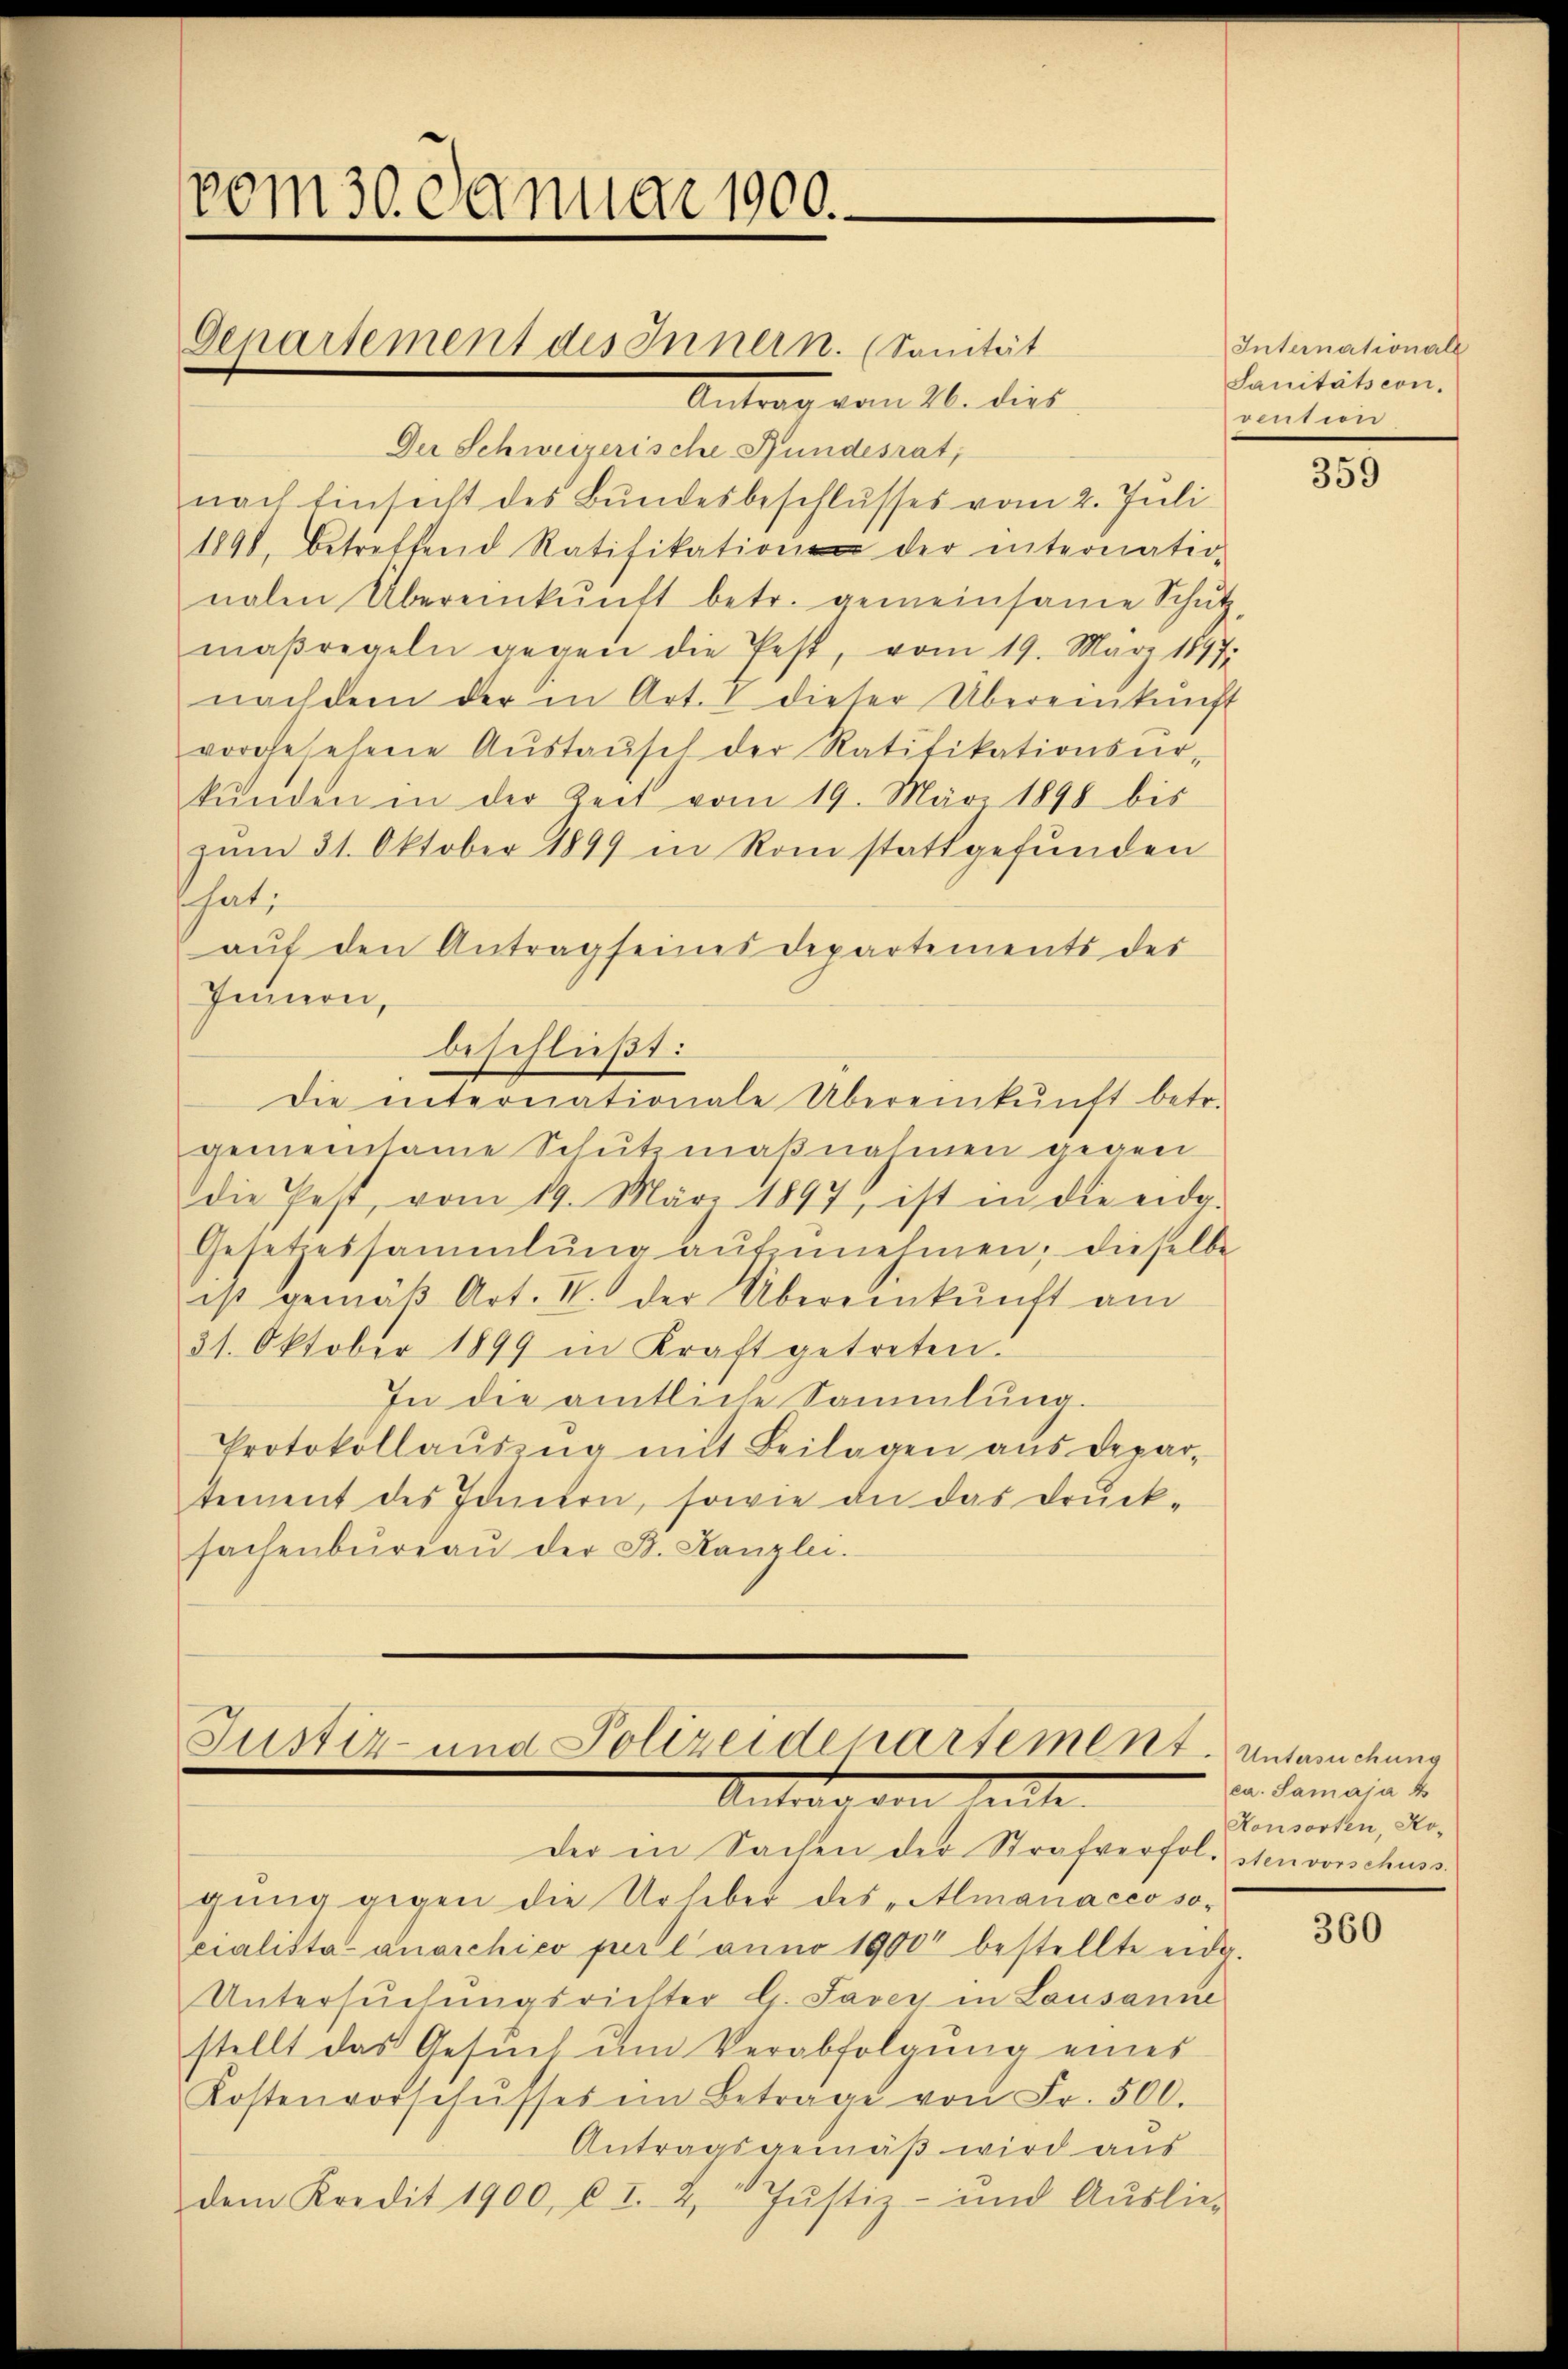
vom 30. Januar 1900.
Genartement des Innern. (Sanität
Antrag vom 21. dies

Der Schweizerische Fundesrat;
nach Einsicht des Bundesbeschlusses vom 2. Juli
1898, betreffend Ratifikation der internatio-
nalen Übereinkunft betr. gemeinsame Schutz,
maßregeln gegen die fest, vom 19. März 1847
nachdem der in Art. 1 dieser Übereinkunft
vorgesehene Aŭstaŭsch der Ratifikationsŭr-
kŭnden in der Zeit vom 19. März 1898 bis
zum 31. Oktober 1899 in Rom stattgefunden
hat;
aŭf den Antrag seines Departements des
Innern,
beschließt:
die internationale Übereinkunft betr.
gemeinsame Schutzmaßnahmen gegen
die fest, vom 19. März 1897 ist in die eide-
Gesetzessammlung aŭfzŭnehmen; dieselbe
ist gemäß Art. II. der Übereinkunft am
31. Oktober 1899 in Kraft getreten.
In die amtliche Sammlung.
Protokollaŭszŭg mit Beilagen aus Depar-
tement des Innern, sowie an das Druck-
sachenbŭrgaŭ der B. Kanzlei.

Justiz- und Polizeidepartement. Unterechung
Antworten heute

der in Sachen der Strafverfol. sten vorschuss.
gung gegen die Urheber des „Almanacio socralista-anarchico per l’anno 1900 bestellte eidg.
Untersuchungsrichter G. Saven in Lausanne
stellt das Gesuch um Verabfolgung eines
Kostenvorschŭsses im Betrage von Fr. 500.
Antragsgemäß wird aus
dem Kredit 1900, u. I. 2. Justiz- und Auslie¬

Internationale
Sanitätscon.
vention

359

ca. Samaja k
Konsorten, Ko-

360